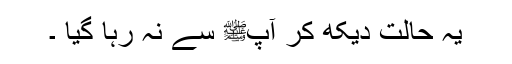
یہ حالت دیکھ کر آپﷺ سے نہ رہا گیا ۔